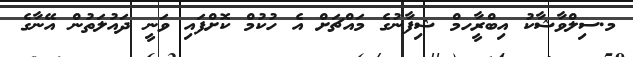
މ.ސިލްވާޝާކު އިބްރާީހމް ޝިފާނުގެ މައްޗަށް އެ ހުކުމް ކޮށްފައި ވަނީ ދައުލަތުން އޭނާގެ